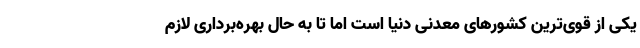
یکی از قوی‌ترین کشورهای معدنی دنیا است اما تا به حال بهره‌برداری لازم